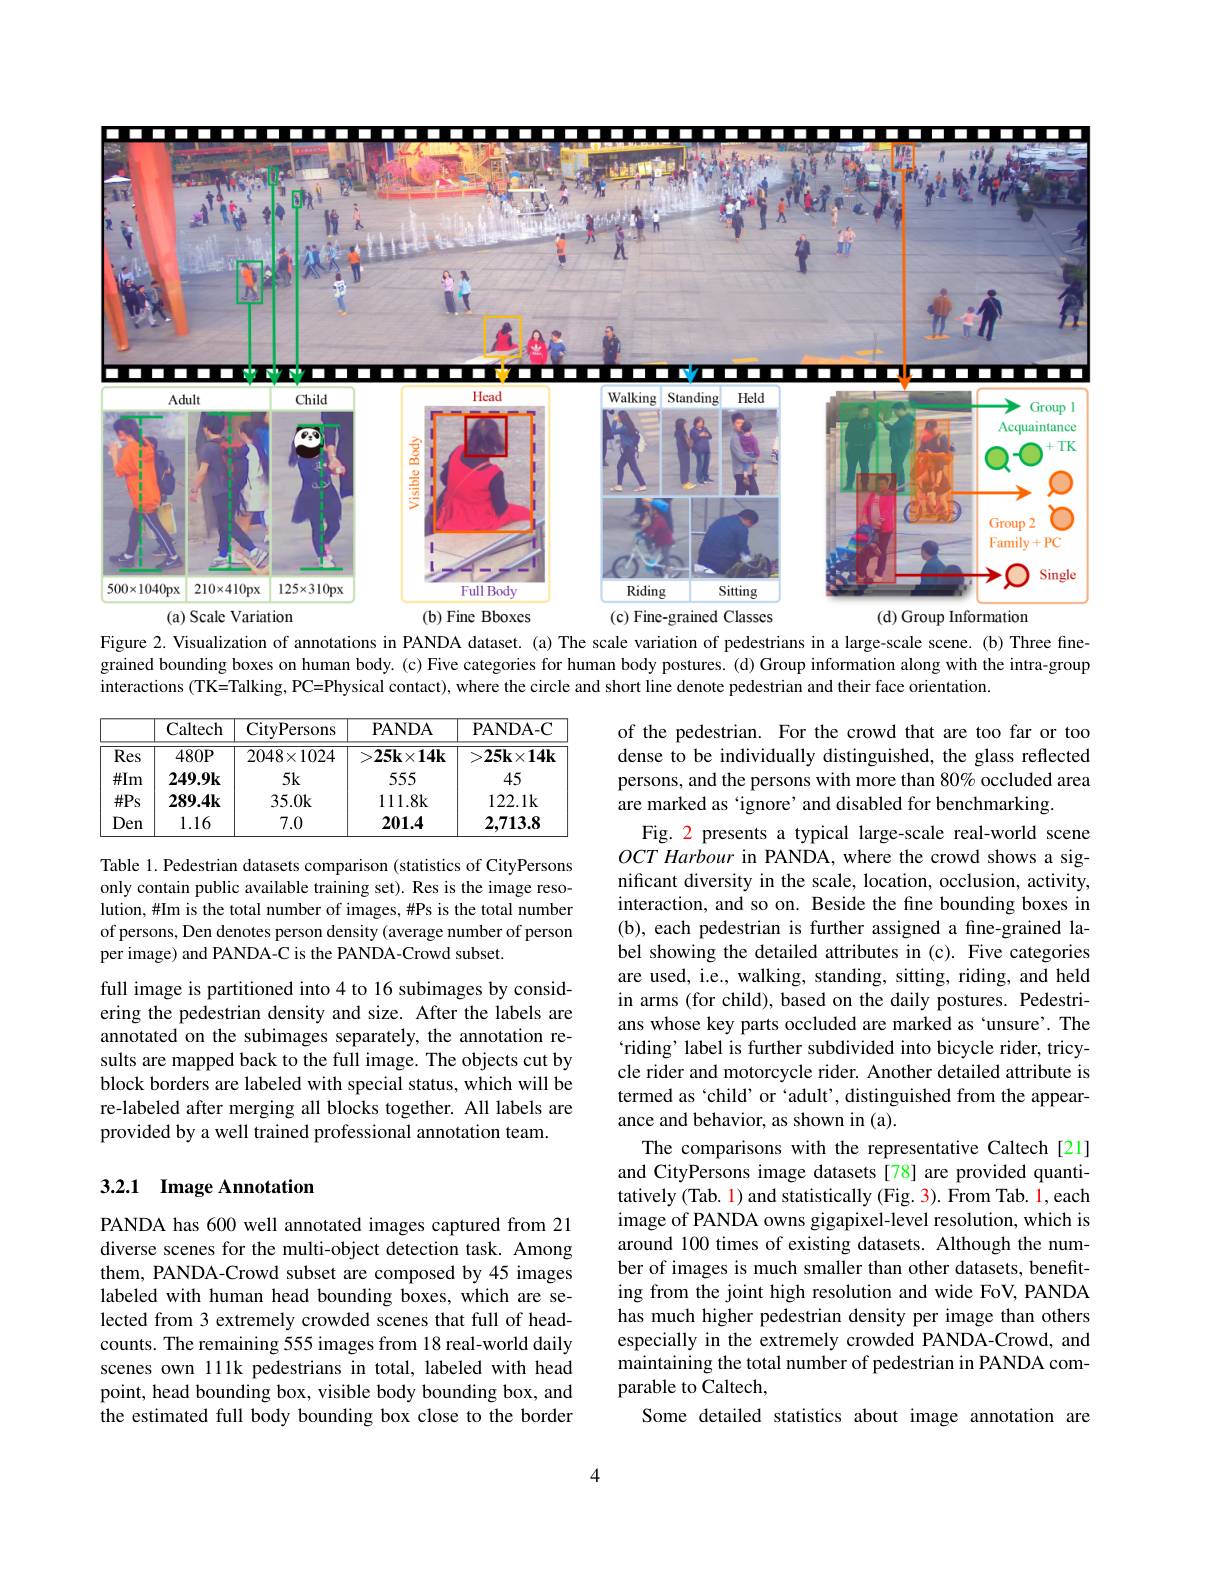
<FigureHere>

Figure 2. Visualization of annotations in PANDA dataset. (a) The scale variation of pedestrians in a large-scale scene. (b) Three finegrained bounding boxes on human body. (c) Five categories for human body postures. (d) Group information along with the intra-group interactions (TK=Talking, PC=Physical contact), where the circle and short line denote pedestrian and their face orientation.

<table>
	<tbody>
		<tr>
			<th> </th>
			<th>Caltech</th>
			<th>CityPersons</th>
			<th>PANDA</th>
			<th>PANDA- C</th>
		</tr>
		<tr>
			<td>$\overline{\mathrm{Res}}$</td>
			<td>$480P$</td>
			<td>$2048\times1024$</td>
			<td>$>25k\times14k$</td>
			<td>$>25\mathbf{k}\times14\mathbf{k}$</td>
		</tr>
		<tr>
			<td>$\#Im$</td>
			<td>$249.9\mathbf{k}$</td>
			<td>$5k$</td>
			<td>555</td>
			<td>45</td>
		</tr>
		<tr>
			<td>$\#Ps$</td>
			<td>$289.4k$</td>
			<td>35.0k</td>
			<td>111.8k</td>
			<td>122.1k</td>
		</tr>
		<tr>
			<td>Den</td>
			<td>1.16</td>
			<td>7.0</td>
			<td>201.4</td>
			<td>2,713.8</td>
		</tr>
	</tbody>
</table>

Table 1. Pedestrian datasets comparison (statistics of CityPersons only contain public available training set). Res is the image resolution, #Im is the total number of images, #Ps is the total number of persons, Den denotes person density (average number of person per image) and PANDA-C is the PANDA-Crowd subset.

full image is partitioned into 4 to 16 subimages by considering the pedestrian density and size. After the labels are annotated on the subimages separately, the annotation results are mapped back to the full image. The objects cut by block borders are labeled with special status, which will be re-labeled after merging all blocks together. All labels are provided by a well trained professional annotation team.

of the pedestrian. For the crowd that are too far or too dense to be individually distinguished, the glass reflected persons, and the persons with more than 80% occluded area are marked as 'ignore' and disabled for benchmarking.
Fig. 2 presents a typical large-scale real-world scene OCTHarbour in PANDA, where the crowd shows a significant diversity in the scale, location, occlusion, activity, interaction, and so on. Beside the fine bounding boxes in (b), each pedestrian is further assigned a fine-grained label showing the detailed attributes in (c). Five categories are used, i.e., walking, standing, sitting, riding, and held in arms (for child), based on the daily postures. Pedestrians whose key parts occluded are marked as `unsure'. The `riding' label is further subdivided into bicycle rider, tricycle rider and motorcycle rider. Another detailed attribute is termed as‘child’ or‘adult', distinguished from the appearance and behavior, as shown in (a).
The comparisons with the representative Caltech[21] and CityPersons image datasets [78] are provided quantitatively (Tab. 1) and statistically (Fig. 3). From Tab. 1, each image of PANDA owns gigapixel-level resolution, which is around 100 times of existing datasets. Although the number of images is much smaller than other datasets, benefiting from the joint high resolution and wide FoV, PANDA has much higher pedestrian density per image than others especially in the extremely crowded PANDA-Crowd, and maintaining the total number of pedestrian in PANDA comparable to Caltech,
Some detailed statistics about image annotation are

## 3.2.1 Image Annotation

PANDA has 600 well annotated images captured from 21 diverse scenes for the multi-object detection task. Among them, PANDA-Crowd subset are composed by 45 images labeled with human head bounding boxes, which are selected from 3 extremely crowded scenes that full of headcounts. The remaining 555 images from 18 real-world daily scenes own 111k pedestrians in total, labeled with head point, head bounding box, visible body bounding box, and the estimated full body bounding box close to the border

4